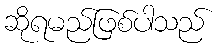
ဆိုရမည်ဖြစ်ပါသည်